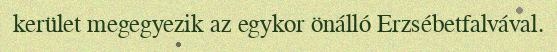
kerület megegyezik az egykor önálló Erzsébetfalvával.